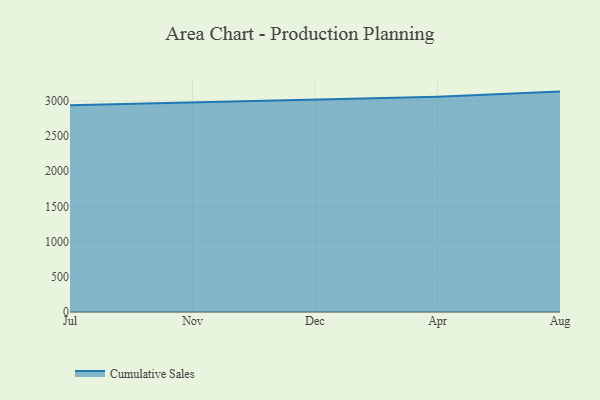
{"axis": {"x": "Month", "y": "Waste Production (Tons)"}, "legend": ["Cumulative Sales"], "data": [{"x": "Jul", "y": 2938.9, "type": "Cumulative Sales"}, {"x": "Nov", "y": 2975.5, "type": "Cumulative Sales"}, {"x": "Dec", "y": 3019.1, "type": "Cumulative Sales"}, {"x": "Apr", "y": 3058.2, "type": "Cumulative Sales"}, {"x": "Aug", "y": 3132.5, "type": "Cumulative Sales"}]}